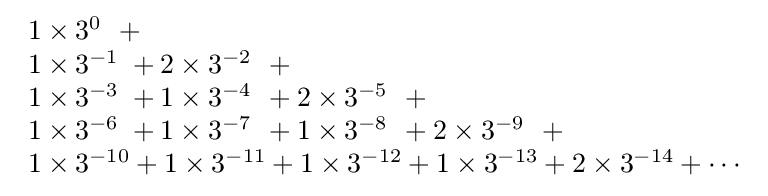
{\begin{array}{l}1\times 3^{0\,\,\,}+{}\\1\times 3^{-1\,\,}+2\times 3^{-2\,\,\,}+{}\\1\times 3^{-3\,\,}+1\times 3^{-4\,\,\,}+2\times 3^{-5\,\,\,}+{}\\1\times 3^{-6\,\,}+1\times 3^{-7\,\,\,}+1\times 3^{-8\,\,\,}+2\times 3^{-9\,\,\,}+{}\\1\times 3^{-10}+1\times 3^{-11}+1\times 3^{-12}+1\times 3^{-13}+2\times 3^{-14}+\cdots \end{array}}